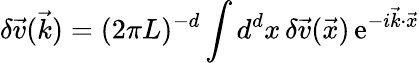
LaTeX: \delta\vec{v}(\vec{k})=(2\pi L)^{-d}\int d^{d}{x}\, \delta\vec{v}(\vec{x})\, \mathrm{e}^{-i\vec{k}\cdot\vec{x}}